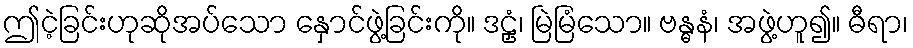
ဤငဲ့ခြင်းဟုဆိုအပ်သော နှောင်ဖွဲ့ခြင်းကို။ ဒဠှံ၊ မြဲမြံသော။ ဗန္ဓနံ၊ အဖွဲ့ဟူ၍။ ဓီရာ၊